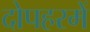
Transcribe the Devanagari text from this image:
दोपहरमें